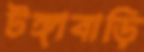
টঙ্গাবাড়ি